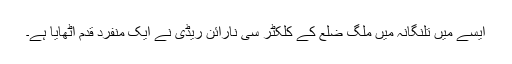
ایسے میں تلنگانہ میں ملگ ضلع کے کلکٹر سی نارائن ریڈی نے ایک منفرد قدم اٹھایا ہے۔